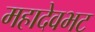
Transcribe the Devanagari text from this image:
महादेवभट